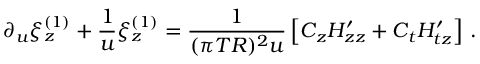
\partial _ { u } \xi _ { z } ^ { ( 1 ) } + { \frac { 1 } { u } } \xi _ { z } ^ { ( 1 ) } = { \frac { 1 } { ( \pi T R ) ^ { 2 } u } } \left[ C _ { z } H _ { z z } ^ { \prime } + C _ { t } H _ { t z } ^ { \prime } \right] \, .